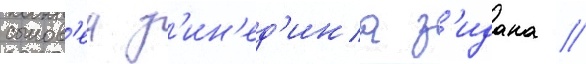
сынов'еи з'ин'ед'ина з'идана //